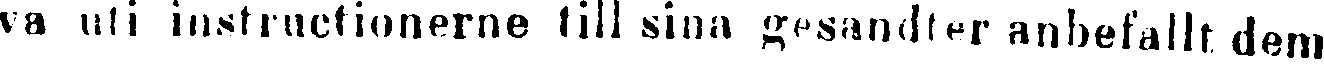
va uti iustructionerne till sina gesandter anbefallt dem